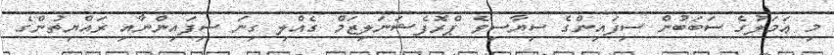
މި ޢަމަލުގެ ސަބަބުން ސިފައިންގެ ސިޔާސިވެ ޕްރޮފެޝަނަލިޒަމް ގެއްލި ގިނަ ސިފައިންނާއި ރައްޔިތުންގެ